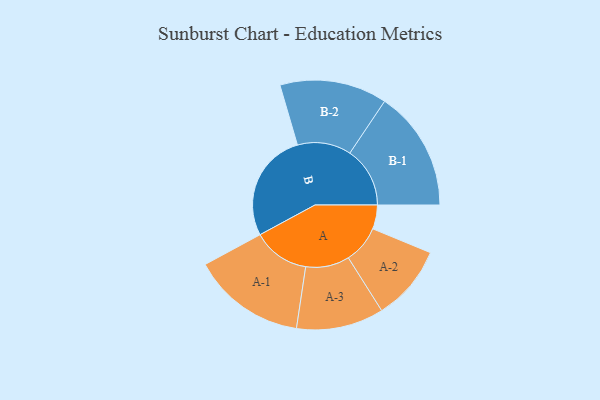
{"axis": {"x": "Segment", "y": "Value"}, "legend": ["", "A", "B"], "data": [{"x": "A", "y": 101, "type": ""}, {"x": "B", "y": 460, "type": ""}, {"x": "A-1", "y": 239, "type": "A"}, {"x": "A-2", "y": 159, "type": "A"}, {"x": "A-3", "y": 184, "type": "A"}, {"x": "B-1", "y": 253, "type": "B"}, {"x": "B-2", "y": 226, "type": "B"}]}